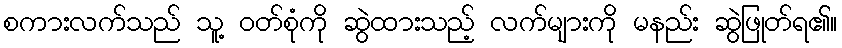
စကားလက်သည် သူ့ ဝတ်စုံကို ဆွဲထားသည့် လက်များကို မနည်း ဆွဲဖြုတ်ရ၏။